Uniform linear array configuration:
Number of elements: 48
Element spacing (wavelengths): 0.25
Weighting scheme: cosine
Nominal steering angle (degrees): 45
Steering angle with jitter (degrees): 46.668
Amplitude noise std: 0.05
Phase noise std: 0.05

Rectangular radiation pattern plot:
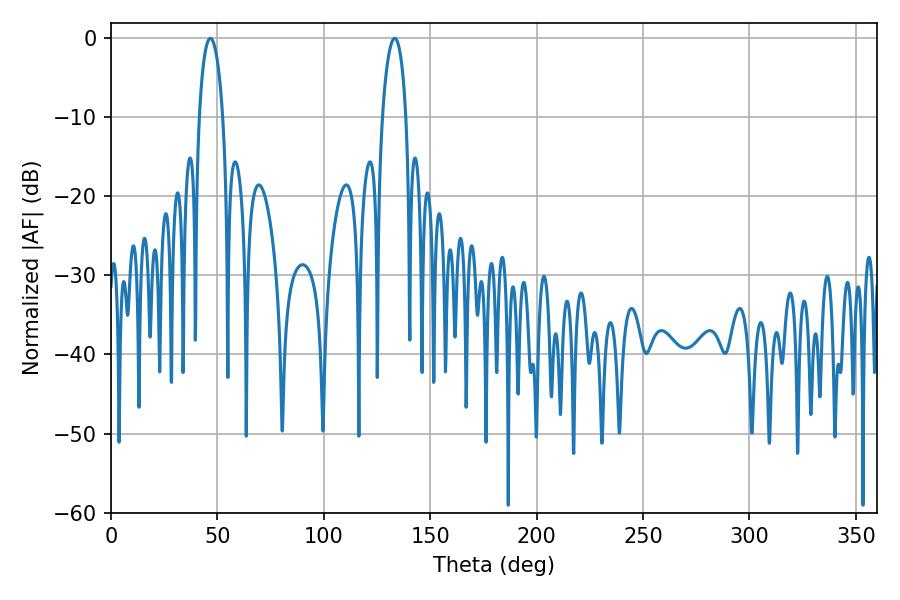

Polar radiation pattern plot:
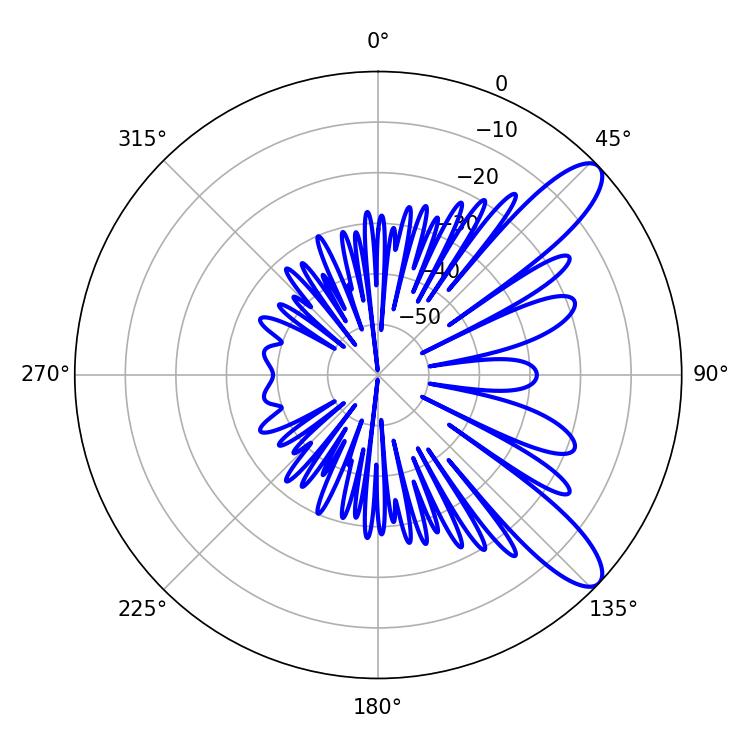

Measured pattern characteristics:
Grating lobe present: FALSE
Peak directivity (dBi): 10.48
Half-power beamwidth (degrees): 6.3
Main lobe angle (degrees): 46.62